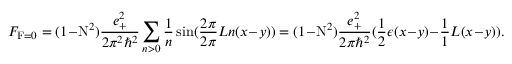
{ \cal F } _ { \mathrm { F } = 0 } = ( 1 - \mathrm { N } ^ { 2 } ) \frac { e _ { + } ^ { 2 } } { 2 { \pi } ^ { 2 } { \hbar } ^ { 2 } } \sum _ { n > 0 } \frac { 1 } { n } \sin ( \frac { 2 \pi } { 2 \pi } { L } n ( x - y ) ) = ( 1 - \mathrm { N } ^ { 2 } ) \frac { e _ { + } ^ { 2 } } { 2 \pi { \hbar } ^ { 2 } } ( \frac { 1 } { 2 } \epsilon ( x - y ) - \frac { 1 } { 1 } { L } ( x - y ) ) .